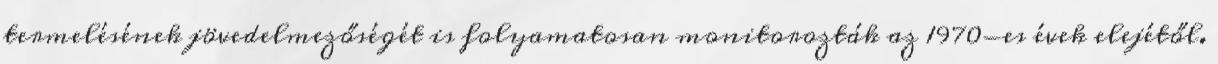
termelésének jövedelmezőségét is folyamatosan monitorozták az 1970-es évek elejétől.